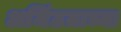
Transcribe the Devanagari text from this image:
अजिंठय़ाच्या